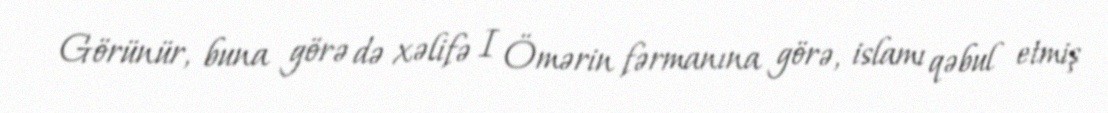
Görünür, buna görə də xəlifə I Ömərin fərmanına görə, islamı qəbul etmiş